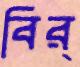
বির্